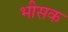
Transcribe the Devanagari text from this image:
भीसक